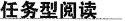
任务型阅读